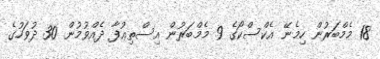
18 މެމްބަރުން ހިމެނޭ އެކްސްކޯގެ 9 މެމްބަރުން އިސްތިޢުފާ ދެއްވުމުން 30 ދުވަހުގެ